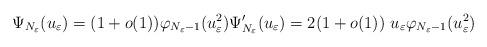
LaTeX: \begin{align*}\Psi_{N_\varepsilon}(u_\varepsilon)=(1+o(1))\varphi_{N_\varepsilon-1}(u_\varepsilon^2)\Psi_{N_\varepsilon}'(u_\varepsilon)=2(1+o(1))~ u_\varepsilon \varphi_{N_\varepsilon-1}(u_\varepsilon^2)\end{align*}